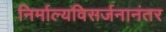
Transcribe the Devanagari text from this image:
निर्माल्यविसर्जनानंतर